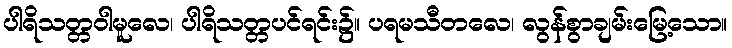
ပါရိသတ္တဝါမူလေ၊ ပါရိသတ္တပင်ရင်း၌။ ပရမသီတလေ၊ လွန်စွာချမ်းမြေ့သော။